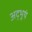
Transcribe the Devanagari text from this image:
अद्भूथं